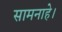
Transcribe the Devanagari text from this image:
सामनाहे।